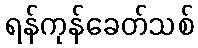
ရန်ကုန်ခေတ်သစ်